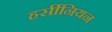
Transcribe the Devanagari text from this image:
हर्सीनियन